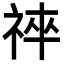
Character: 𥙽